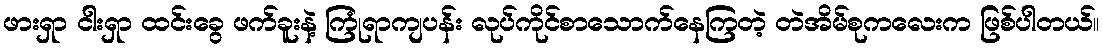
ဖားရှာ ငါးရှာ ထင်းခွေ ဖက်ခူးနဲ့ ကြုံရာကျပန်း လုပ်ကိုင်စာသောက်နေကြတဲ့ တဲအိမ်စုကလေးက ဖြစ်ပါတယ်။